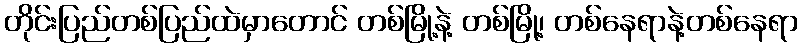
တိုင်းပြည်တစ်ပြည်ထဲမှာတောင် တစ်မြို့နဲ့ တစ်မြို့၊ တစ်နေရာနဲ့တစ်နေရာ